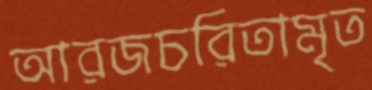
আরজচরিতামৃত